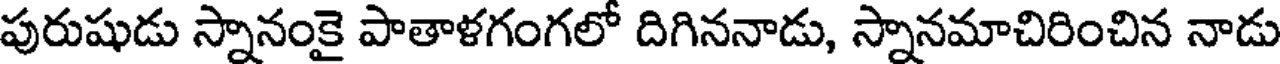
పురుషుడు స్నానంకై పాతాళగంగలో దిగిననాడు, స్నానమాచిరించిన నాడు